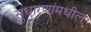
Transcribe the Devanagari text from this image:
सुधारणांमधील